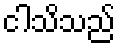
ငါသိသည်